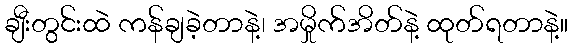
ချီးတွင်းထဲ ကန်ချခဲ့တာနဲ့၊ အမှိုက်အိတ်နဲ့ ထုတ်ရတာနဲ့။